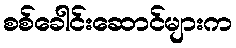
စစ်ခေါင်းဆောင်များက